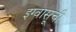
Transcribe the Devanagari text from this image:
इग्वासूची